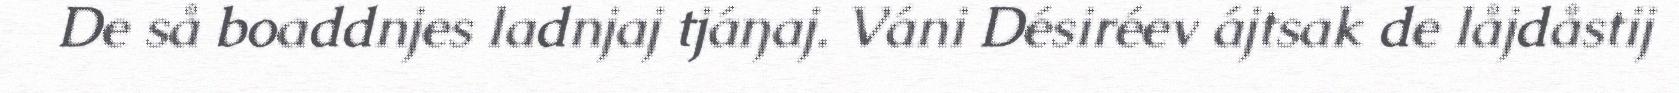
De så boaddnjes ladnjaj tjáŋaj. Váni Désiréev ájtsak de låjdåstij